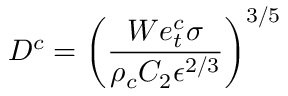
D ^ { c } = \left( \frac { W e _ { t } ^ { c } \sigma } { \rho _ { c } C _ { 2 } \epsilon ^ { 2 / 3 } } \right) ^ { 3 / 5 }